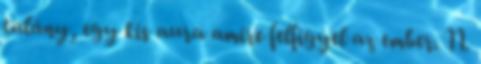
talány, egy kis aura amire felfigyel az ember. 11.